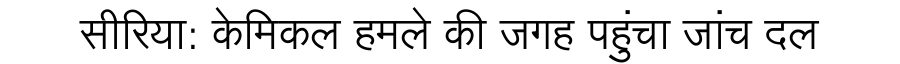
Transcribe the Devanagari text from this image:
सीरिया: केमिकल हमले की जगह पहुंचा जांच दल